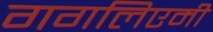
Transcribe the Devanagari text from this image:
गगलिएमी